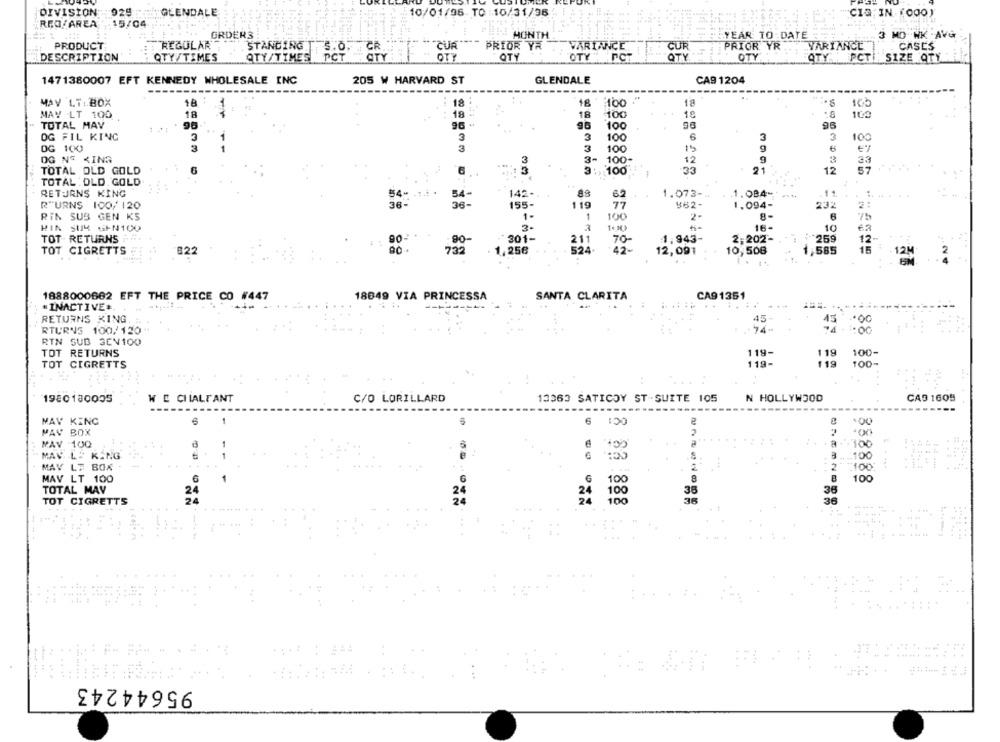
DIVISION
: 029
GLENDALE
10/01/96 TO :10/31/36
"CIA'IN (000)
.15/04
REG/AREA
GRDER3
MONTH
YEAR TO DATE
3 MO WK AVG
REGULAR
PRIOR YR
PRODUCT
STANDING T 5.0. CR.
""CUR
VARIANCE
CUR
PRIOR YR
VARIANCE
CASES
DESCRIPTION'
OTYTIMES
QTY/TIMES PCT
OTY
QTY
OTY
QTY
OTY
QTY PCT SIZE QTY
1471380007 EFT KENNEDY WHOLESALE INC
205 W HARVARD ST
GLENDALE
CA9 1204
---
MAV LT: BOX
18
18
18
18
165
100
MAY LT 100
18
18
18
100
18
:8
TOTAL MAY
96
96 -
95
100
96
OG FIL KING
3
3
3
100
6
3
3
100
DG 100
11
3
3
15
6
100
OG NE KING
3- 100
12
TOTAL OLD GOLD
6
6
33
21
12
3: 100
TOTAL : DLD. GOLD
RETURNS KING
54-
88
1.073-4
1.084-
11.
62
R"URNS 100/ 120
36-
36 -
119
862-
1.094-
232
2:
RIN SUB GEN KS
1.
1
2-
8-
6
100
WIN SU4 GEN100
3-
16-
10
62
90-
301-
2,202-
TOT RETURNS
.90-
211
70 -
1,943-
259
12
TOT CIGRETTS
822
00
732
25€
52ª
12,091
10,506
:585
15
2
12M
1888000662 EFT THE PRICE CO #447
18649 VIA PRINCESSA
SANTA CLARITA
CA9 1351
#INACTIVE#
.....
RETURNS KING
45
45
8
RTURNS 100/120
:74
RTN SUB SEN100
TOT RETURNS
119-
119
100-
TOT CIGRETTS
119-
119
100-
1980180005
W E CHIALT ANT
C/O LORILLARD
13363 SATICOY ST-SUITE 105
N HOLLYWOOD
CAD 1609
CC: 9
NAV KING
1
:00
PAY BOX
MAV 100
1
-100
MAV. LE KANG
1
100
MAY LF BOX
2
100
4 4444
4.434
MAV LT 100
6
1
6
8
B
100
TOTAL MAY
36
24
24
TOT CIGRETTS
24
$2 888
36
95644243